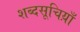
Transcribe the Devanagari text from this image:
शब्दसूचिय़ाँ